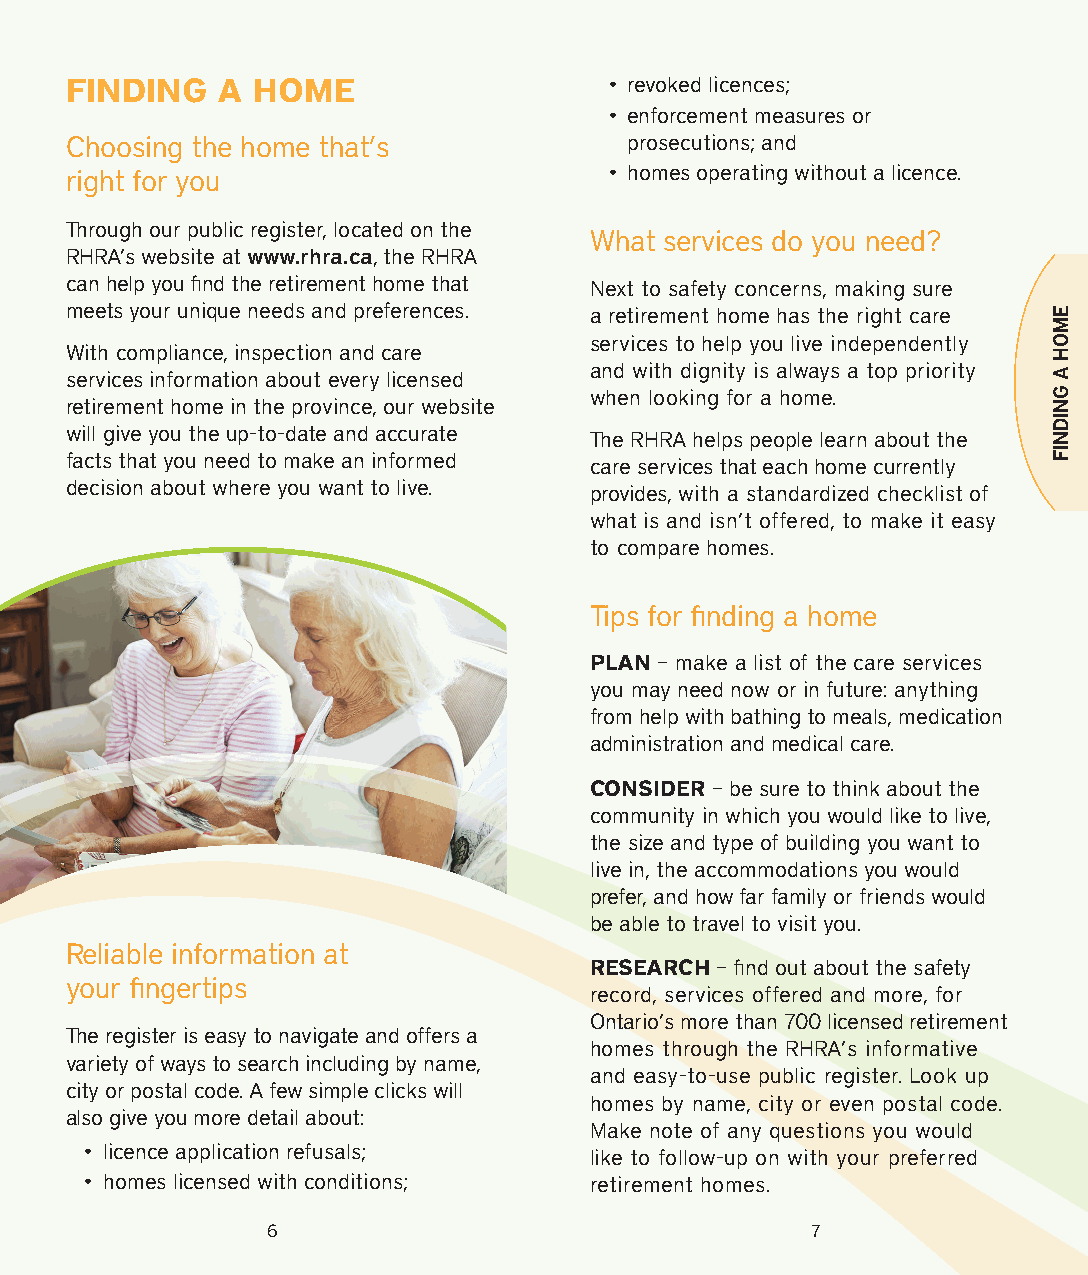
FINDING   A  HOME                   • revoked licences;
 • enforcement measures or
 Choosing the home that’s              prosecutions; and
 right for you                       • homes operating without a licence.
 Through our public register, located on the
 What services do you need?
 RHRA’s website at www.rhra.ca, the RHRA
 can help you find the retirement home that Next to safety concerns, making sure
 meets your unique needs and preferences. a retirement home has the right care
 services to help you live independently
 With compliance, inspection and care
 and with dignity is always a top priority services information about every licensed
 when looking for a home.
 retirement home in the province, our website
 will give you the up-to-date and accurate The RHRA helps people learn about the
 facts that you need to make an informed care services that each home currently
 decision about where you want to live. provides, with a standardized checklist of
 what is and isn’t offered, to make it easy
 to compare homes.
 Tips for finding a home
 PLAN – make a list of the care services
 you may need now or in future: anything
 from help with bathing to meals, medication
 administration and medical care.
 CONSIDER – be sure to think about the
 community in which you would like to live,
 the size and type of building you want to
 live in, the accommodations you would
 prefer, and how far family or friends would
 be able to travel to visit you.
 Reliable information at
 RESEARCH – find out about the safety
 your fingertips
 record, services offered and more, for
 Ontario’s more than 700 licensed retirement
 The register is easy to navigate and offers a
 homes through the RHRA’s informative
 variety of ways to search including by name,
 and easy-to-use public register. Look up
 city or postal code. A few simple clicks will
 homes by name, city or even postal code.
 also give you more detail about:
 Make note of any questions you would
 • licence application refusals;  like to follow-up on with your preferred
 • homes licensed with conditions; retirement homes.
 6                                   7
 EMOH
 A
 GNIDNIF